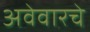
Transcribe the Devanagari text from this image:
अवेवारचे